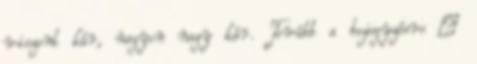
viszont kár, nagyon nagy kár. Tovább a bejegyzésre →